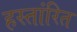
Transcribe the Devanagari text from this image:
हस्तांरित